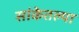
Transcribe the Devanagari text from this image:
सांकेतल्या